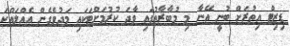
ޑިޒިޓް އިތުރަށް ބުނީ އޭނާ މި މުބާރާތުގައި ވާދަ ކުރުމަށްޓަކައި މަދުވެގެން އެއްލައްކަ